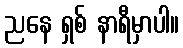
ညနေ ရှစ် နာရီမှာပါ။